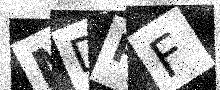
Text: MDPF